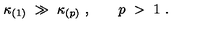
\kappa _ { ( 1 ) } \ \gg \ \kappa _ { ( p ) } \ , \qquad p \ > \ 1 \ .